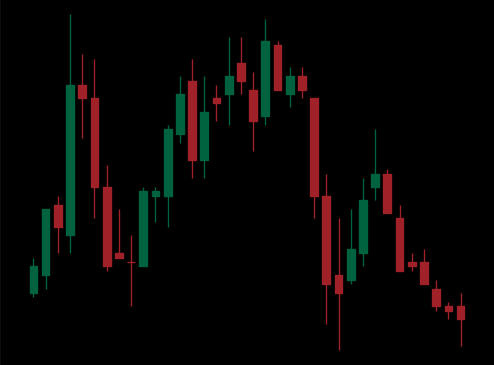
Pattern: head_shoulders